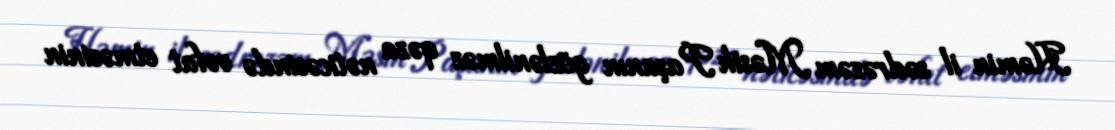
Həmin il sədrəzəm Məsih Paşanın gözlənilməz qəza nəticəsində vəfat etməsinin